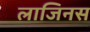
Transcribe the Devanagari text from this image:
लाजिनस